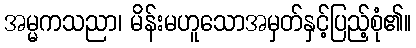
အမ္မကသညာ၊ မိန်းမဟူသောအမှတ်နှင့်ပြည့်စုံ၏။